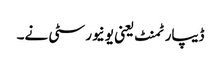
ڈیپارٹمنٹ یعنی یونیورسٹی نے۔